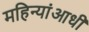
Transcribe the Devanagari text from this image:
महिन्यांआधी